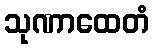
သုဏာထေတံ